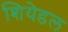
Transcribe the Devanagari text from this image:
शियेडल